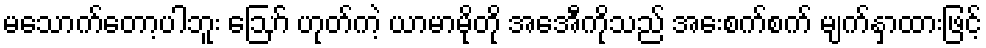
မသောက်တော့ပါဘူး ဪ ဟုတ်ကဲ့ ယာမာမိုတို အေအီကိုသည် အေးစက်စက် မျက်နှာထားဖြင့်